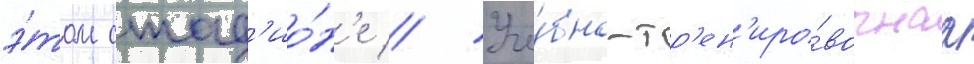
э́том стад'ио́н'е // Уче́бно-тр'ен'иро́вочнаа